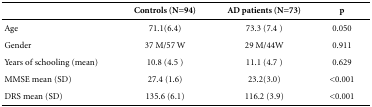
<table><thead><tr><td><b> </b></td><td><b>Controls (N=94)</b></td><td><b>AD patients (N=73)</b></td><td><b>p</b></td></tr></thead><tbody><tr><td>Age</td><td>71.1(6.4)</td><td>73.3 (7.4 )</td><td>0.050</td></tr><tr><td>Gender</td><td>37 M/57 W</td><td>29 M/44W</td><td>0.911</td></tr><tr><td>Years of schooling (mean)</td><td>10.8 (4.5 )</td><td>11.1 (4.7 )</td><td>0.629</td></tr><tr><td>MMSE mean (SD)</td><td>27.4 (1.6)</td><td>23.2(3.0)</td><td>&lt;0.001</td></tr><tr><td>DRS mean (SD)</td><td>135.6 (6.1)</td><td>116.2 (3.9)</td><td>&lt;0.001</td></tr></tbody></table>